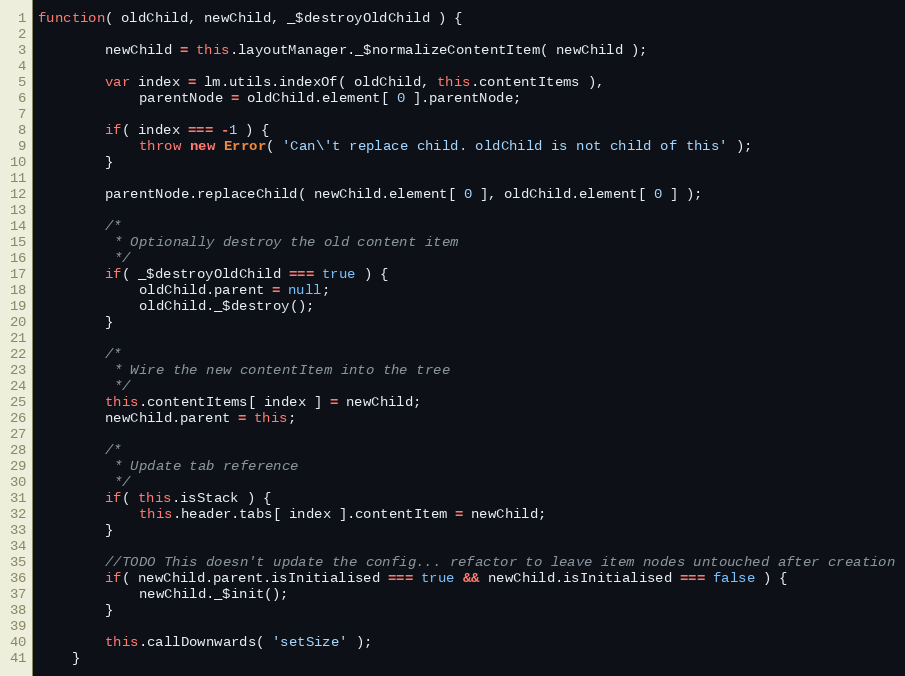
Language: JavaScript
function( oldChild, newChild, _$destroyOldChild ) {

		newChild = this.layoutManager._$normalizeContentItem( newChild );

		var index = lm.utils.indexOf( oldChild, this.contentItems ),
			parentNode = oldChild.element[ 0 ].parentNode;

		if( index === -1 ) {
			throw new Error( 'Can\'t replace child. oldChild is not child of this' );
		}

		parentNode.replaceChild( newChild.element[ 0 ], oldChild.element[ 0 ] );

		/*
		 * Optionally destroy the old content item
		 */
		if( _$destroyOldChild === true ) {
			oldChild.parent = null;
			oldChild._$destroy();
		}

		/*
		 * Wire the new contentItem into the tree
		 */
		this.contentItems[ index ] = newChild;
		newChild.parent = this;

		/*
		 * Update tab reference
		 */
		if( this.isStack ) {
			this.header.tabs[ index ].contentItem = newChild;
		}

		//TODO This doesn't update the config... refactor to leave item nodes untouched after creation
		if( newChild.parent.isInitialised === true && newChild.isInitialised === false ) {
			newChild._$init();
		}

		this.callDownwards( 'setSize' );
	}